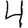
Digit: 4